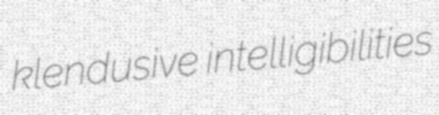
klendusive intelligibilities